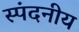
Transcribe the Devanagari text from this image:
स्पंदनीय